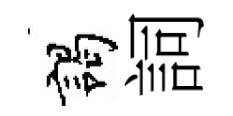
謁詞